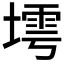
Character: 𱗫